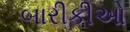
બારીકીઓ